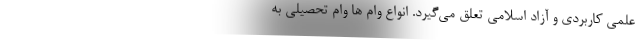
علمی کاربردی و آزاد اسلامی تعلق می‌گیرد. انواع وام ها وام تحصیلی به